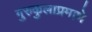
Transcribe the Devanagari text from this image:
गुरुकुलाप्रमाणे